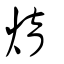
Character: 焴